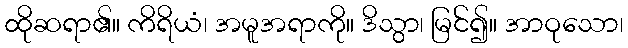
ထိုဆရာ၏။ ကိရိယံ၊ အမူအရာကို။ ဒိသွာ၊ မြင်၍။ အာဝုသော၊